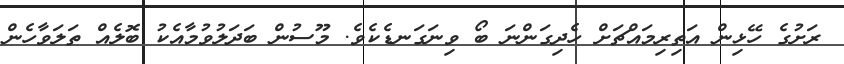
ރަށުގެ ހޭޅިން އަތިރިމައްޗަށް ހެދިގަންނަ ބޯ ވިނަގަނޑެކެވެ. މޫސުން ބަދަލުވުމާއެކު ބޮލެއް ތަލަވާހެން